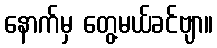
နောက်မှ တွေ့မယ်ခင်ဗျာ။